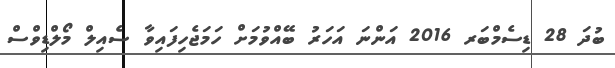
ބުދަ 28 ޑިސެމްބަރ 2016 އަންނަ އަހަރު ބޭއްވުމަށް ހަމަޖެހިފައިވާ ސެއިލް މޯލްޑިވްސް